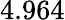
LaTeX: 4.964